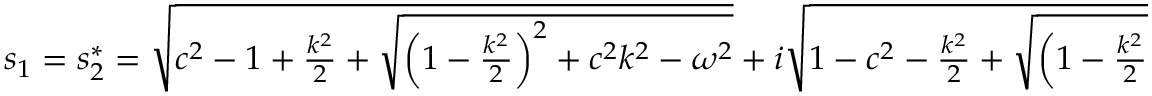
\begin{array} { r } { s _ { 1 } = s _ { 2 } ^ { * } = \sqrt { c ^ { 2 } - 1 + \frac { k ^ { 2 } } { 2 } + \sqrt { \left( 1 - \frac { k ^ { 2 } } { 2 } \right) ^ { 2 } + c ^ { 2 } k ^ { 2 } - \omega ^ { 2 } } } + i \sqrt { 1 - c ^ { 2 } - \frac { k ^ { 2 } } { 2 } + \sqrt { \left( 1 - \frac { k ^ { 2 } } { 2 } \right) ^ { 2 } + c ^ { 2 } k ^ { 2 } - \omega ^ { 2 } } } \, . } \end{array}